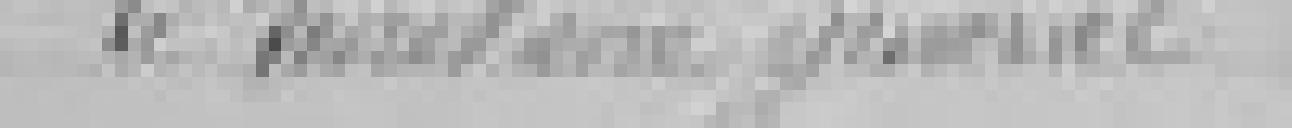
Le   ?  Général